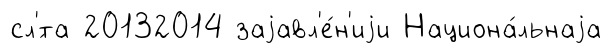
сл'́та 20132014 заjавл'е́н'иjи Национа́льнаjа